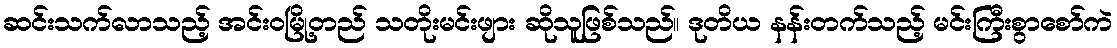
ဆင်းသက်လာသည့် အင်းဝမြို့တည် သတိုးမင်းဖျား ဆိုသူဖြစ်သည်။ ဒုတိယ နန်းတက်သည့် မင်းကြီးစွာစော်ကဲ